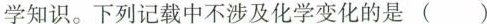
学知识。下列记载中不涉及化学变化的是( )